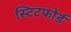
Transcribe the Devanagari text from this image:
स्टिटफोर्ड